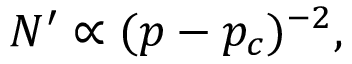
\begin{array} { r } { N ^ { \prime } \propto ( p - p _ { c } ) ^ { - 2 } , } \end{array}